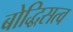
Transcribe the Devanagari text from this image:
बोद्धिसत्व